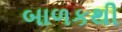
બાળકથી